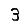
Digit: 3